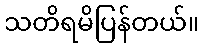
သတိရမိပြန်တယ်။